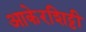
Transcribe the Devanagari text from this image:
आकेरशिट्टी